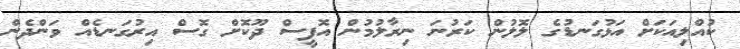
ކުއްލިއަކަށް އަޅުގަނޑުގެ ލޮލުން ކަރުނަ ނިރާލުމުން އޮފީސް ދޫކޮށް ގޮސް އިރުގަނޑެއް ވަންދެން